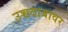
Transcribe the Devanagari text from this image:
उच्चदाबावर